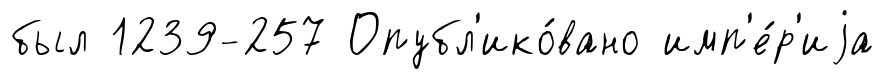
был 1239-257 Опубл'ико́вано имп'е́р'иjа